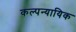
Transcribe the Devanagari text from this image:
कल्पन्यायिक